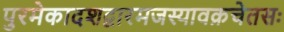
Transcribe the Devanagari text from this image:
पुरमेकादशद्वारमजस्यावक्रचेतसः